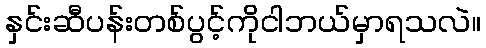
နှင်းဆီပန်းတစ်ပွင့်ကိုငါဘယ်မှာရသလဲ။